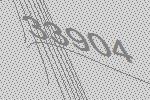
33904